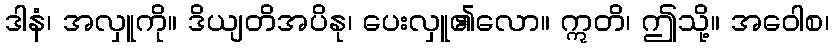
ဒါနံ၊ အလှူကို။ ဒိယျတိအပိနု၊ ပေးလှူ၏လော။ ဣတိ၊ ဤသို့။ အဝေါစ၊